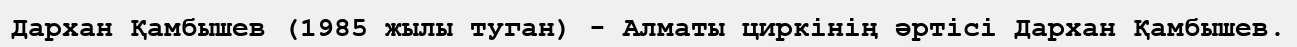
Дархан Қамбышев (1985 жылы туган) - Алматы циркінің әртісі Дархан Қамбышев.